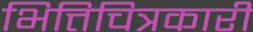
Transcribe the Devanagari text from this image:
भित्तिचित्रकारी